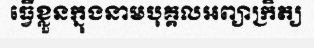
ធ្វើខ្លួនក្នុងនាមបុគ្គលអព្យាក្រិត្យ